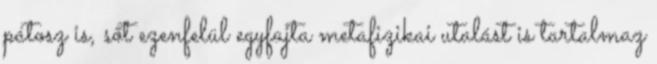
pátosz is, sőt ezenfelül egyfajta metafizikai utalást is tartalmaz